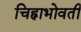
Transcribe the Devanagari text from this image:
चिह्नाभोवती